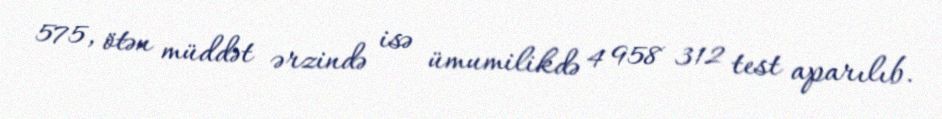
575, ötən müddət ərzində isə ümumilikdə 4 958 312 test aparılıb.